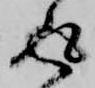
返